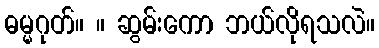
ဓမ္မဂုတ်။ ။ ဆွမ်းကော ဘယ်လိုရသလဲ။